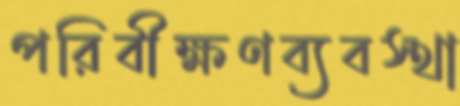
পরিবীক্ষণব্যবস্থা